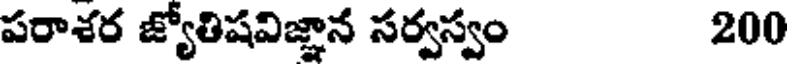
పరాశర జ్యోతిషవిజ్ఞాన సర్వస్వం 200